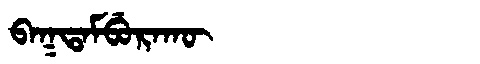
Manchu: ᠪᠠᡴᡨᠠᠮᠪᡠᡵᠠᡴᡡ
Romanization: BAKTAMBURAKŪ